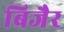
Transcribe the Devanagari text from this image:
बिजैर